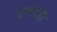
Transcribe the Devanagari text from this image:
देणारेही